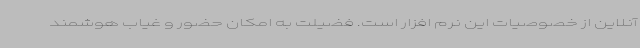
آنلاین از خصوصیات این نرم افزار است. فضیلت به امکان حضور و غیاب هوشمند